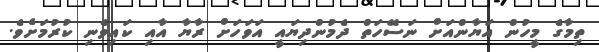
ތިމާގެ މީހުން އަޔާންއަށް ނަސޭހަތް ދެމުންދިޔައީ އަވަހަށް ރާޔާ އާއި ކައިވެނި ކުރުމަށެވެ.